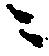
ニ